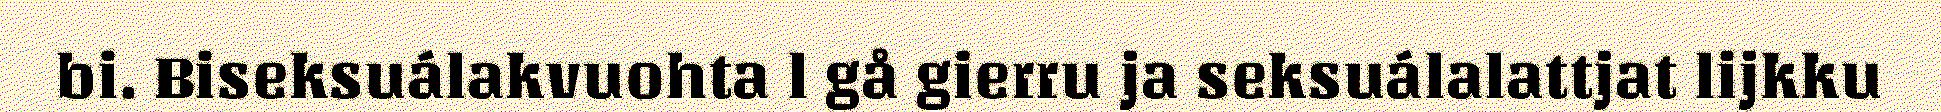
bi. Biseksuálakvuohta l gå gierru ja seksuálalattjat lijkku